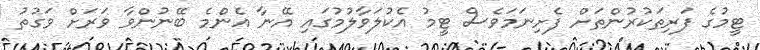
ޓީމުގެ ފަރިތަކުރުންތަށް ފެށިނަމަވެސް ޓީމު އެކުލަވާލުމުގައި އޭނާ އެންމެ ބޭނުންވާ ވަރަށް ވަގުތު